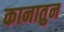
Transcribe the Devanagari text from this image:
कानातुन